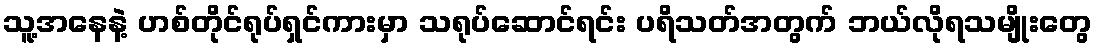
သူ့အနေနဲ့ ဟစ်တိုင်ရုပ်ရှင်ကားမှာ သရုပ်ဆောင်ရင်း ပရိသတ်အတွက် ဘယ်လိုရသမျိုးတွေ